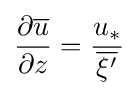
{\frac {\partial {\overline {u}}}{\partial z}}={\frac {u_{*}}{\overline {\xi '}}}